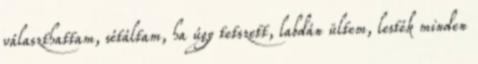
választhattam, sétáltam, ha úgy tetszett, labdán ültem, lesték minden